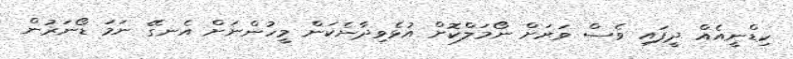
ކިޑްނީއެއް ދީފައި ވެސް ވަރަށް ނޯމަލްކޮށް އުޅެވިދާނެކަން މީހުންނަށް އެނގޭ ނަމަ ޑޯނަރުން